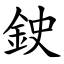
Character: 鉂